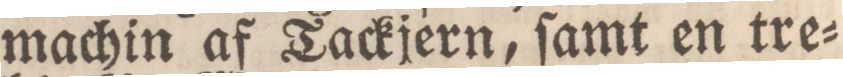
machin af Tackjern, ſamt en tre=